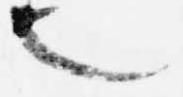
也